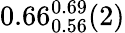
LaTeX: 0.66_{0.56}^{0.69}(2)